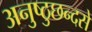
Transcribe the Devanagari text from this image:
अनुष्ठुछन्दसे